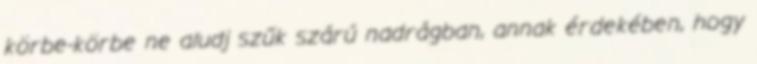
körbe-körbe ne aludj szűk szárú nadrágban, annak érdekében, hogy